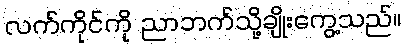
လက်ကိုင်ကို ညာဘက်သို့ချိုးကွေ့သည်။